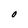
Character: o